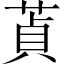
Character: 𦵄